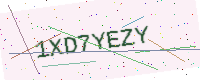
Text: 1XD7YEZY